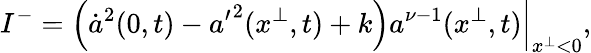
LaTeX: I^{-}=\left.\left(\dot{a}^{2}(0,t)-{a^{\prime}}^{2}(x^{\perp},t)+k\right)a^{\nu-1}(x^{\perp},t)\right|_{x^{\perp}<0},